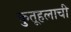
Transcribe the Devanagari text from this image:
कुतूहलाची